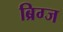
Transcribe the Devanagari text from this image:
ब्रिग्ज